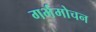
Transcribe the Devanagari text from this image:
गर्भमोचन